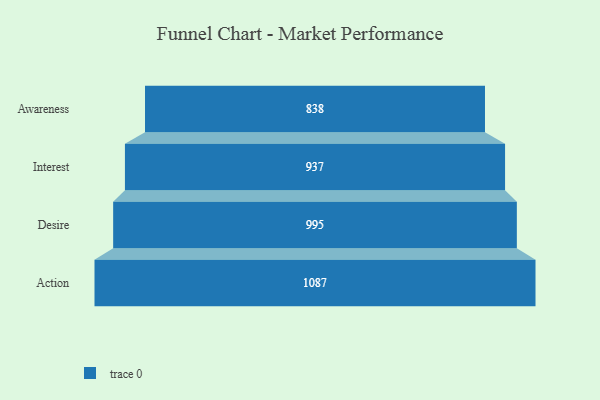
{"axis": {"x": "Stage", "y": "Value"}, "legend": [""], "data": [{"x": "Awareness", "y": 838.0, "type": ""}, {"x": "Interest", "y": 937.0, "type": ""}, {"x": "Desire", "y": 995.0, "type": ""}, {"x": "Action", "y": 1087.0, "type": ""}]}